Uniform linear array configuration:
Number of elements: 48
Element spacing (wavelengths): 0.75
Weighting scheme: binomial
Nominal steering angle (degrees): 30
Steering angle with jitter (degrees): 28.853
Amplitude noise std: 0.05
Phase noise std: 0.05

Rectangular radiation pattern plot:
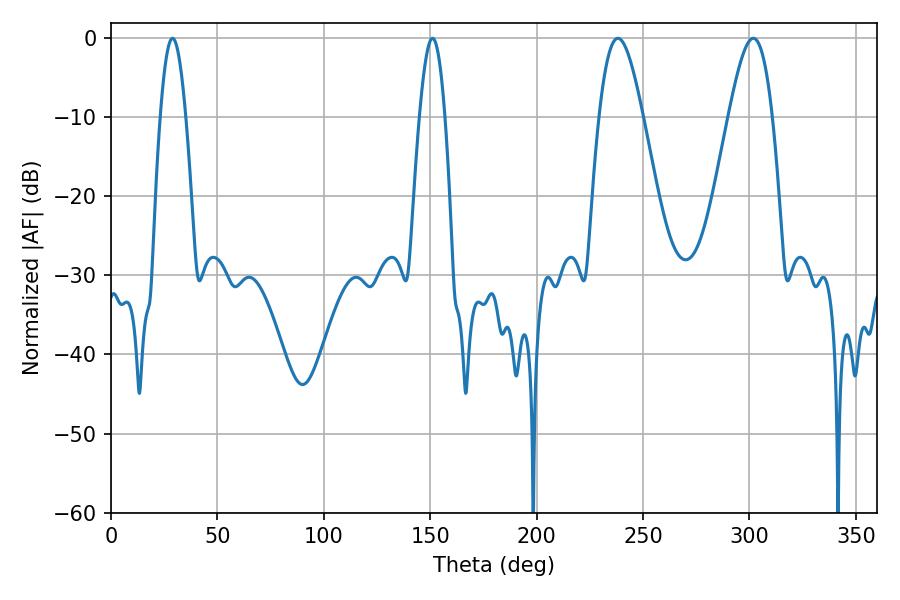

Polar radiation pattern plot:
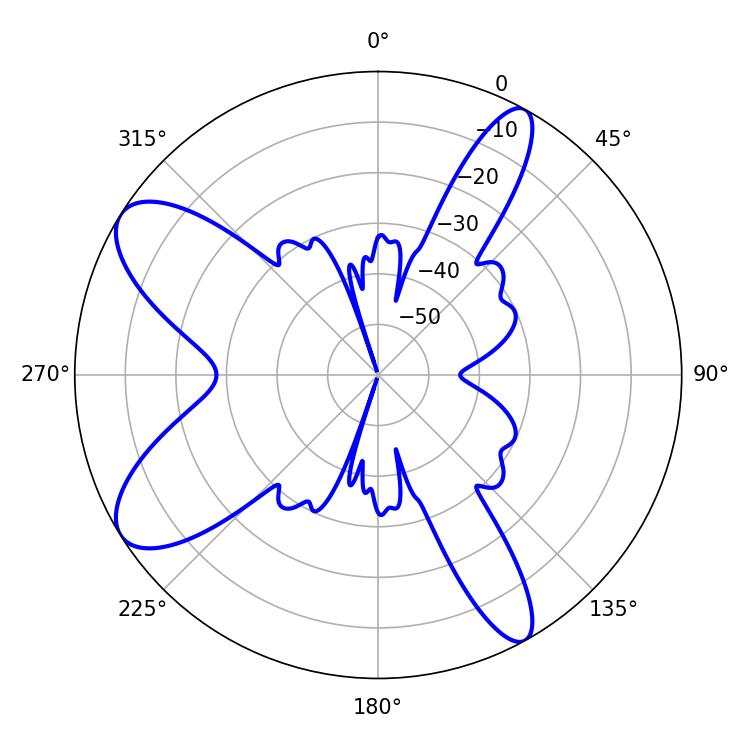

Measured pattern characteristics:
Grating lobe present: TRUE
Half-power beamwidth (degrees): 10.98
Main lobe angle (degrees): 238.14